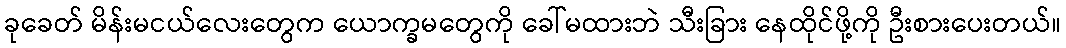
ခုခေတ် မိန်းမငယ်လေးတွေက ယောက္ခမတွေကို ခေါ်မထားဘဲ သီးခြား နေထိုင်ဖို့ကို ဦးစားပေးတယ်။